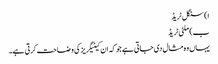
ا) سنگل ٹریڈ
ب) ملٹی ٹریڈ
یہاں وہ مثال دی جاتی ہے جو کہ ان کیٹیگریز کی وضاحت کرتی ہے۔